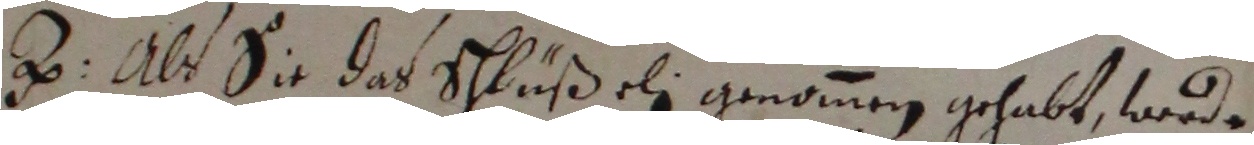
z. als sie das schlußeli genomen gehabt werde